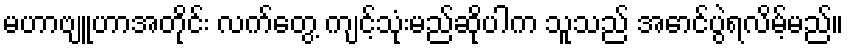
မဟာဗျူဟာအတိုင်း လက်တွေ့ ကျင့်သုံးမည်ဆိုပါက သူသည် အောင်ပွဲရလိမ့်မည်။